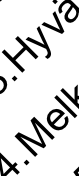
. M y v